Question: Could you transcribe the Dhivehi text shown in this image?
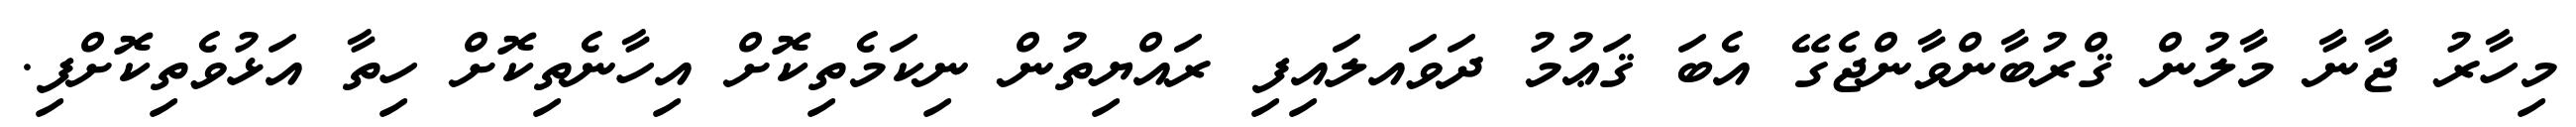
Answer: މިހާރު ޖާނާ މާލުން ޤްރުބާންވާންޖެގޭ އެބަ ޤަޢުމު ދަވައލައިފި ރައްޔިތުން ނިކަމެތިކޮށް އިހާނެތިކޮށް ހިތާ އަޅުވެތިކޮށްފި.